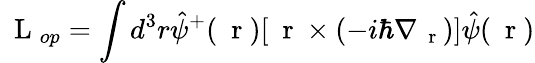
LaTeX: \mathrm{~\mathbf~L~}_{op}=\int d^{3}r\hat{\psi}^{+}(\mathrm{~\mathbf~r~})[\mathrm{~\mathbf~r~}\times(-i\hbar\nabla_{\mathrm{~\mathbf~r~}})]\hat{\psi}(\mathrm{~\mathbf~r~})